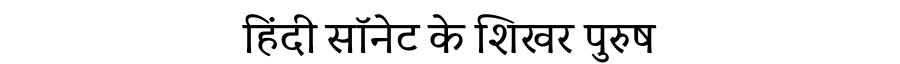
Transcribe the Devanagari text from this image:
हिंदी सॉनेट के शिखर पुरुष